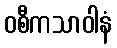
ဝစီကသာဝါနံ